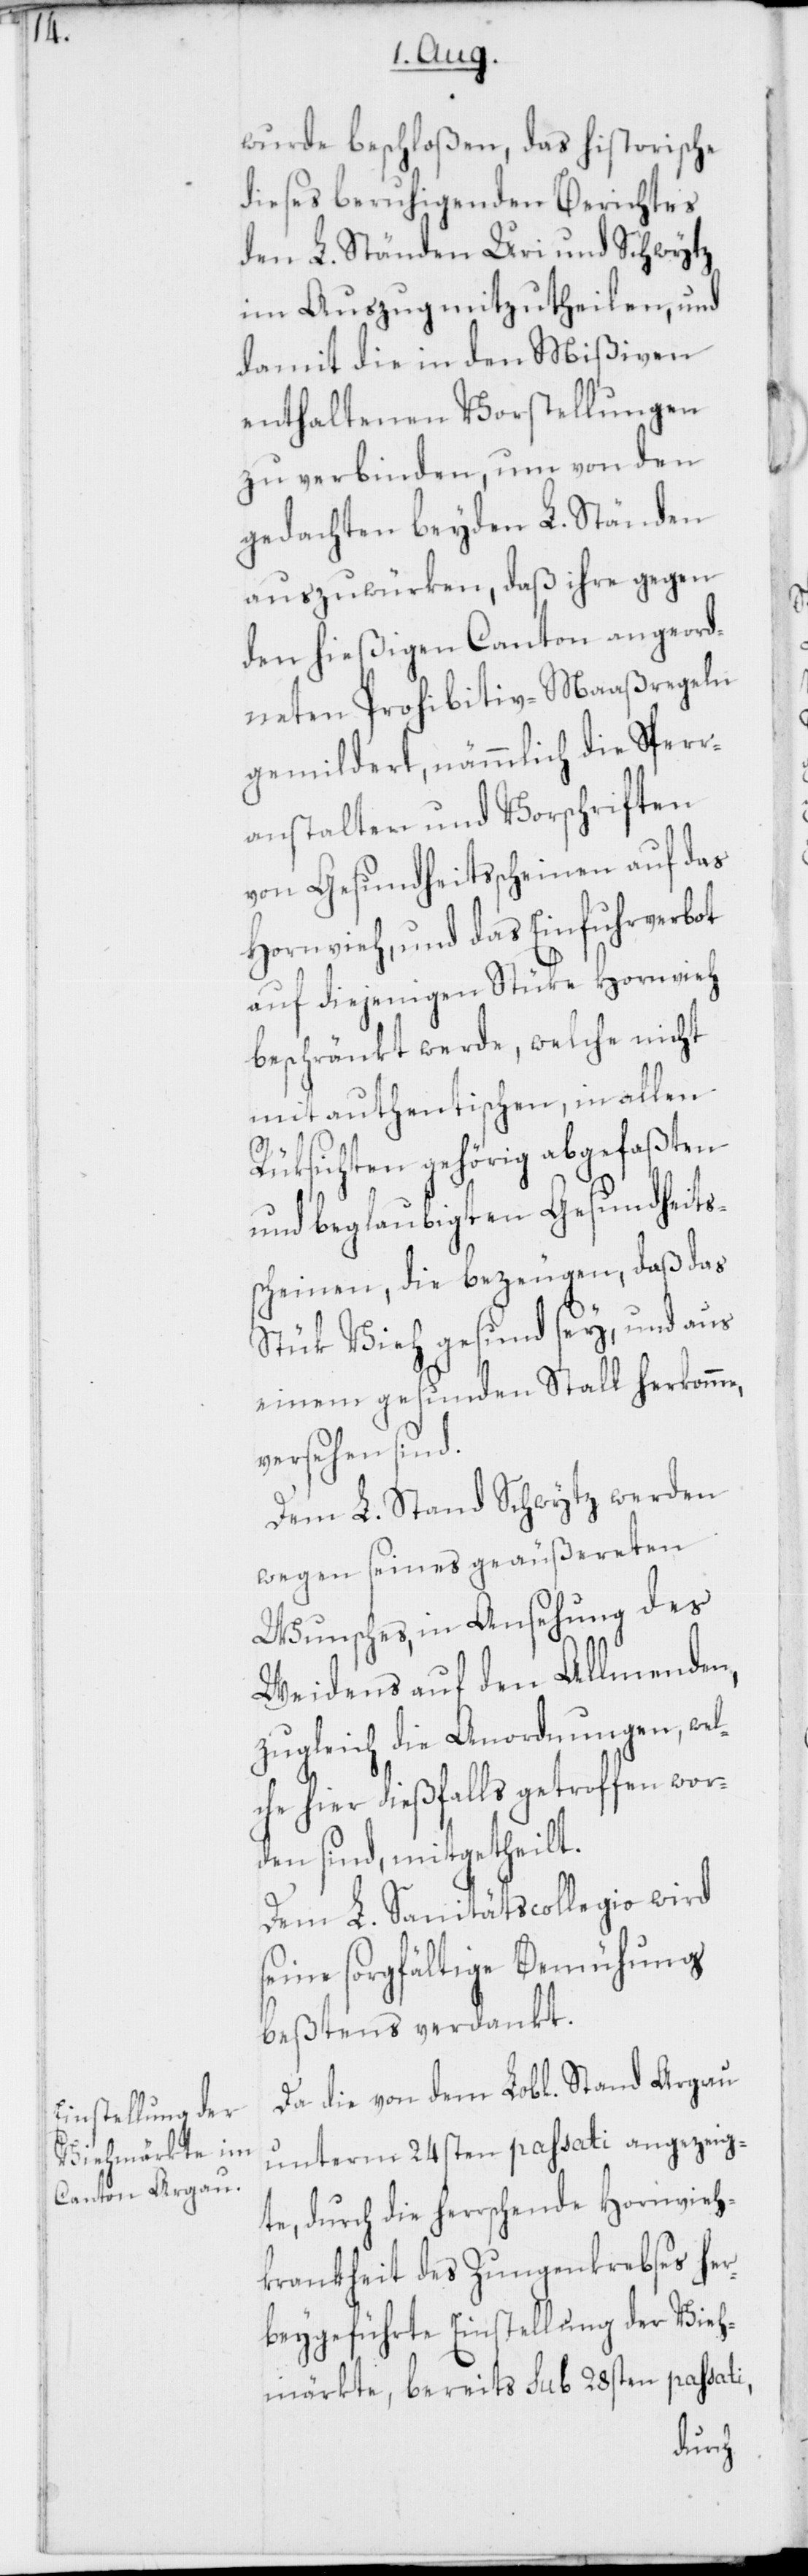
wurde beschloßen, das historische
dieses beruhigenden Berichtes
den L. Ständen Uri und Schwytz
im Auszug mitzutheilen, und
damit die in den Mißiven
enthaltenen Vorstellungen
zu verbinden, um von den
gedachten beyden L. Ständen
auszuwürken, daß ihre gegen
den hießigen Canton angeord¬
neten Prohibitiv-Maaßregeln
gemildert, nämmlich die Sperr¬
anstalten und Vorschriften
von Gesundheitsscheinen auf das
Hornvieh, und das Einfuhrverbot
auf diejenigen Stüke Hornvieh
beschränkt werde, welche nicht
mit authentischen, in allen
Rüksichten gehörig abgefaßten
und beglaubigten Gesundheits¬
scheinen, die bezeugen, daß das
Stück Vieh gesund sey, und aus
einem gesunden Stall herkomme,
versehen sind.
Dem L. Stand Schwytz werden
wegen seines geäußereten
Wunsches, in Ansehung des
Weidens auf den Allmenden,
zugleich die Anordnungen, wel¬
che hier dießfalls getroffen wor¬
den sind, mitgetheilt.
Dem L. Sanitätscollegio wird
seine sorgfältige Bemühung
beßtens verdankt.
Da die von dem Lobl. Stand Argau
unterm 24sten passati angezeig¬
te, durch die herrschende Hornvieh¬
krankheit des Zungenkrebses her¬
beygeführte Einstellung der Vieh¬
märkte, bereits sub 28sten passati,